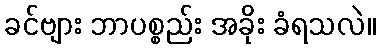
ခင်ဗျား ဘာပစ္စည်း အခိုး ခံရသလဲ။